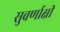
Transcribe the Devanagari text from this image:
सुवर्णाक्षी